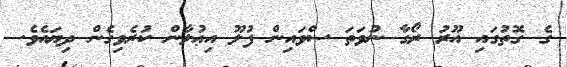
ގެ ގޮތުގައި އޫރު ރޯގާ ނުވަތަ ސްވައިން ފުލޫ އިޢުލާން ކުރެވިގެން ދިޔައެވެ.